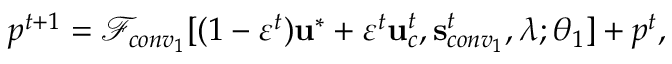
p ^ { t + 1 } = \mathscr { F } _ { c o n v _ { 1 } } [ ( 1 - \varepsilon ^ { t } ) \mathbf { u } ^ { * } + \varepsilon ^ { t } \mathbf { u } _ { c } ^ { t } , \mathbf { s } _ { c o n v _ { 1 } } ^ { t } , \boldsymbol { \lambda } ; \boldsymbol { \theta } _ { 1 } ] + p ^ { t } ,